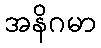
အနိဂမာ